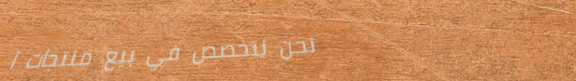
نحن نتخصص في بيع منتجات ا